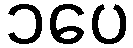
၁ပေ